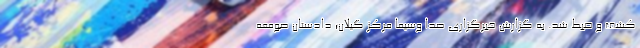
کشف و ضبط شد. به گزارش خبرگزاری صدا وسیما مرکز گیلان؛ دادستان صومعه